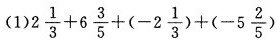
(1)$$2 \frac { 1 } { 3 } + 6 \frac { 3 } { 5 } + ( - 2 \frac { 1 } { 3 } ) + ( - 5 \frac { 2 } { 5 } )$$